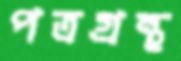
পত্রগ্রন্থ